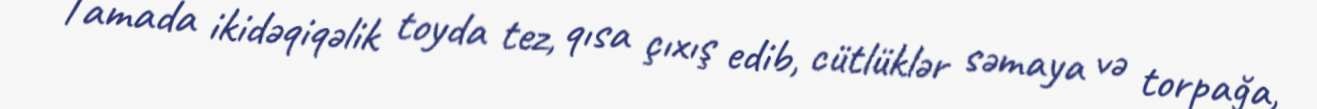
Tamada ikidəqiqəlik toyda tez, qısa çıxış edib, cütlüklər səmaya və torpağa,